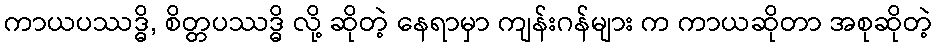
ကာယပဿဒ္ဓိ, စိတ္တပဿဒ္ဓိ လို့ ဆိုတဲ့ နေရာမှာ ကျန်းဂန်များ က ကာယဆိုတာ အစုဆိုတဲ့